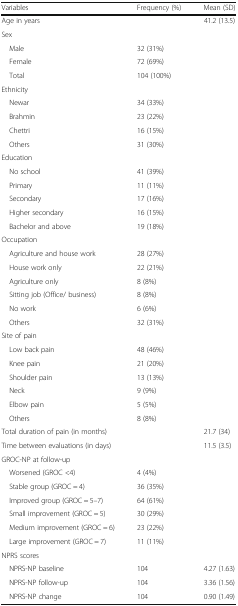
| Variables | Frequency (%) | Mean (SD) |
 | --- | --- | --- |
 | Age in years |  | 41.2 (13.5) |
 | <COLSPAN=3> Sex |
 | Male | 32 (31%) |  |
 | Female | 72 (69%) |  |
 | Total | 104 (100%) |  |
 | <COLSPAN=3> Ethnicity |
 | Newar | 34 (33%) |  |
 | Brahmin | 23 (22%) |  |
 | Chettri | 16 (15%) |  |
 | Others | 31 (30%) |  |
 | <COLSPAN=3> Education |
 | No school | 41 (39%) |  |
 | Primary | 11 (11%) |  |
 | Secondary | 17 (16%) |  |
 | Higher secondary | 16 (15%) |  |
 | Bachelor and above | 19 (18%) |  |
 | <COLSPAN=3> Occupation |
 | Agriculture and house work | 28 (27%) |  |
 | House work only | 22 (21%) |  |
 | Agriculture only | 8 (8%) |  |
 | Sitting job (Office/ business) | 8 (8%) |  |
 | No work | 6 (6%) |  |
 | Others | 32 (31%) |  |
 | <COLSPAN=3> Site of pain |
 | Low back pain | 48 (46%) |  |
 | Knee pain | 21 (20%) |  |
 | Shoulder pain | 13 (13%) |  |
 | Neck | 9 (9%) |  |
 | Elbow pain | 5 (5%) |  |
 | Others | 8 (8%) |  |
 | Total duration of pain (in months) |  | 21.7 (34) |
 | Time between evaluations (in days) |  | 11.5 (3.5) |
 | <COLSPAN=3> GROC-NP at follow-up |
 | Worsened (GROC <4) | 4 (4%) |  |
 | Stable group (GROC = 4) | 36 (35%) |  |
 | Improved group (GROC = 5–7) | 64 (61%) |  |
 | Small improvement (GROC = 5) | 30 (29%) |  |
 | Medium improvement (GROC = 6) | 23 (22%) |  |
 | Large improvement (GROC = 7) | 11 (11%) |  |
 | <COLSPAN=3> NPRS scores |
 | NPRS-NP baseline | 104 | 4.27 (1.63) |
 | NPRS-NP follow-up | 104 | 3.36 (1.56) |
 | NPRS-NP change | 104 | 0.90 (1.49) |